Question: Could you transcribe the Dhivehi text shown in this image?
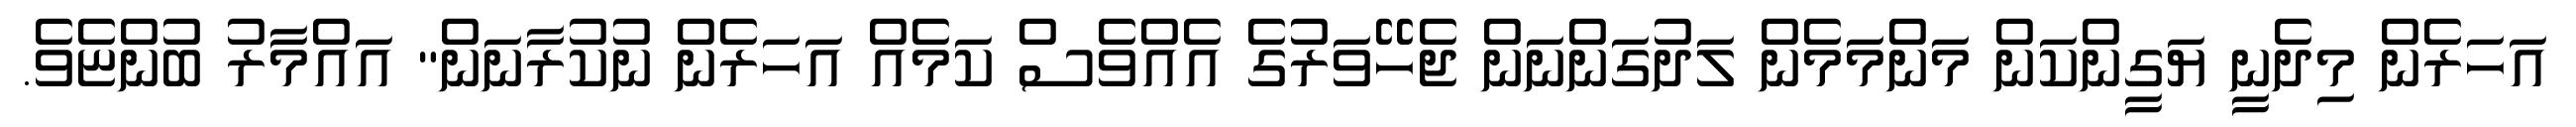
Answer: އަހަރެން މިދެނީ ޔަގީންކަން މަންމަމެން ލަދުގަންނަން ޖެހޭވަރުގެ އެއްވެސް ކަމެއް އަހަރެން ނުކުރާނަން" އައްމާރު ބުންޏެވެ.